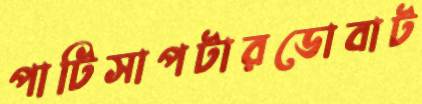
পাটিসাপটারডোবাট